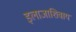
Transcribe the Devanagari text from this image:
इलाजाशिवाय